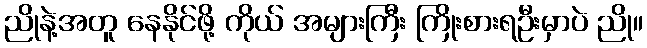
ညိုနဲ့အတူ နေနိုင်ဖို့ ကိုယ် အများကြီး ကြိုးစားရဦးမှာပဲ ညို။